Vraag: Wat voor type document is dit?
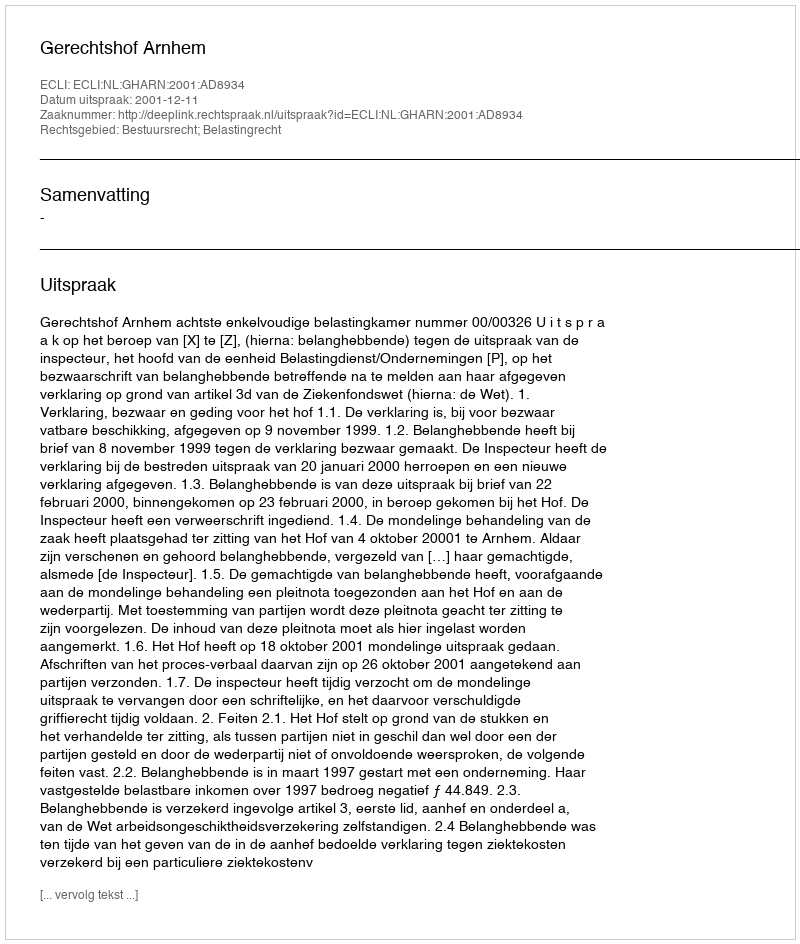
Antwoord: Uitspraak